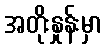
အတိုးနှုန်းမှာ